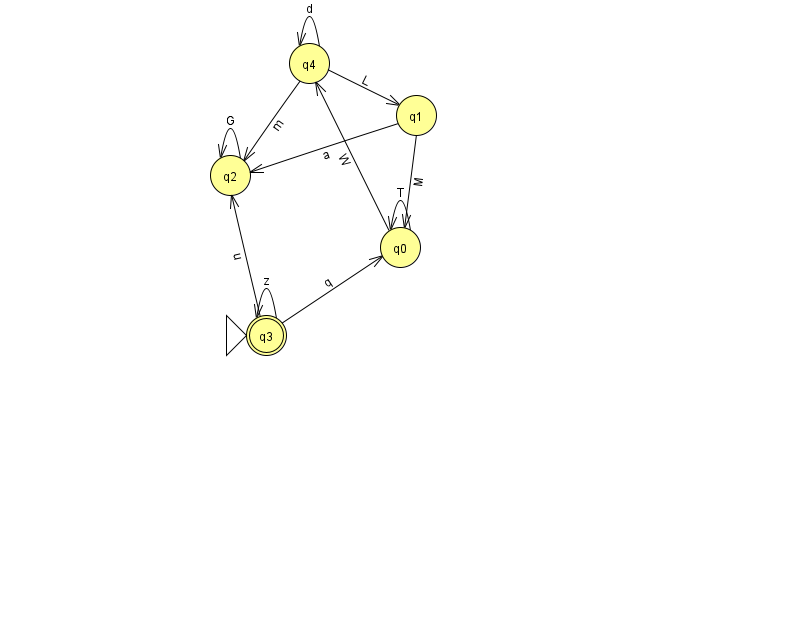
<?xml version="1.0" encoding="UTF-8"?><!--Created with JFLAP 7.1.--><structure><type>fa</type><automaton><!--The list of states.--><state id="0" name="q0"><x>400.0</x><y>234.0</y></state><state id="1" name="q1"><x>416.0</x><y>102.0</y></state><state id="2" name="q2"><x>230.0</x><y>162.0</y></state><state id="3" name="q3"><x>266.0</x><y>322.0</y><initial/><final/></state><state id="4" name="q4"><x>309.0</x><y>50.0</y></state><!--The list of transitions.--><transition><from>1</from><to>0</to><read>M</read></transition><transition><from>1</from><to>2</to><read>a</read></transition><transition><from>0</from><to>0</to><read>T</read></transition><transition><from>3</from><to>0</to><read>q</read></transition><transition><from>4</from><to>4</to><read>d</read></transition><transition><from>2</from><to>2</to><read>G</read></transition><transition><from>4</from><to>1</to><read>L</read></transition><transition><from>3</from><to>3</to><read>z</read></transition><transition><from>4</from><to>2</to><read>m</read></transition><transition><from>0</from><to>4</to><read>W</read></transition><transition><from>3</from><to>2</to><read>u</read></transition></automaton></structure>